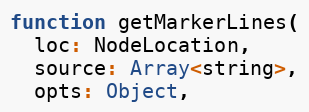
Language: JavaScript
function getMarkerLines(
  loc: NodeLocation,
  source: Array<string>,
  opts: Object,